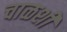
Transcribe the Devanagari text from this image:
चाळशी